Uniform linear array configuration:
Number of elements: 4
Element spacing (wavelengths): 0.25
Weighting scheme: kaiser
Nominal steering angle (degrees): -30
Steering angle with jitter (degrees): -31.067
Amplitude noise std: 0.05
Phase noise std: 0.05

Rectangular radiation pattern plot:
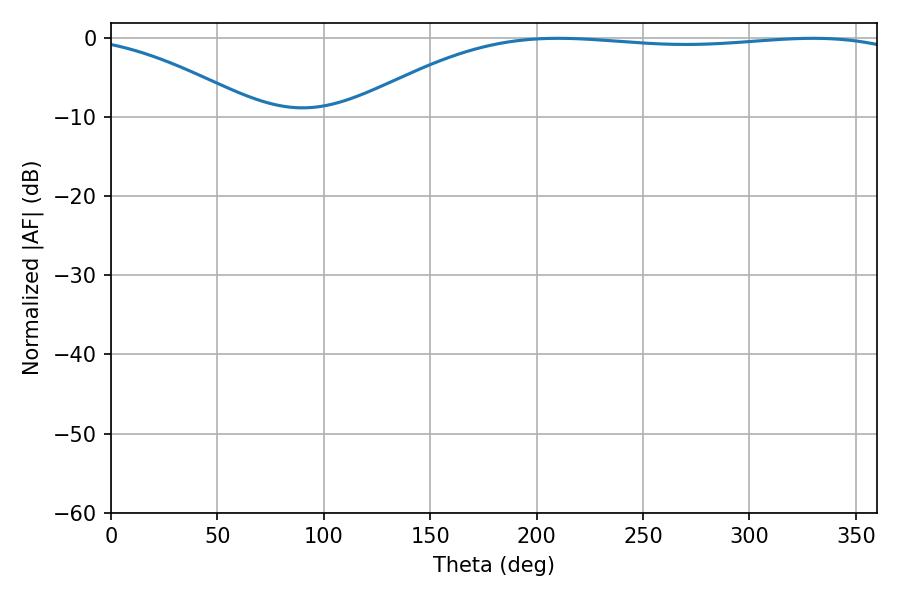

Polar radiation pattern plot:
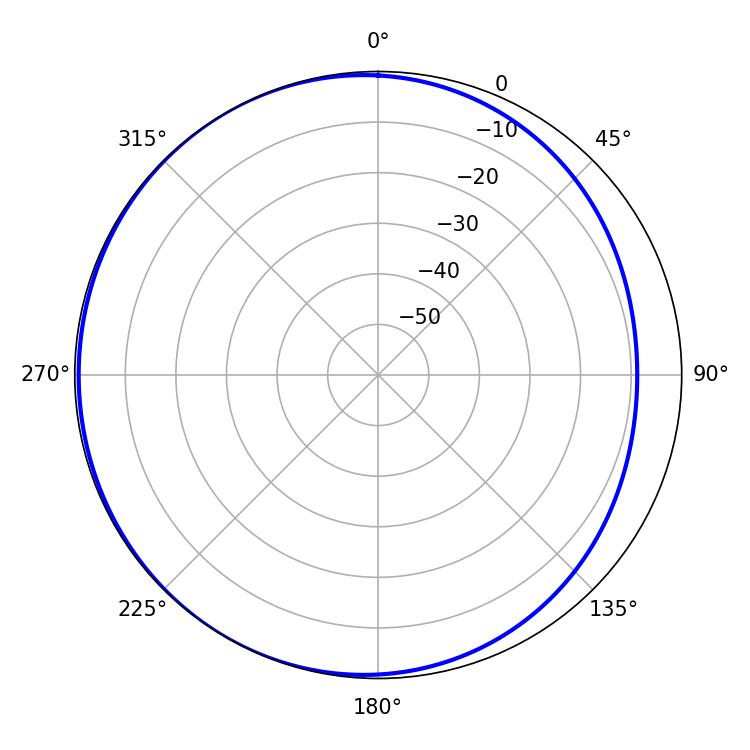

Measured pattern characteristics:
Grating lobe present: FALSE
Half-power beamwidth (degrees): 207
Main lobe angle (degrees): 210.06